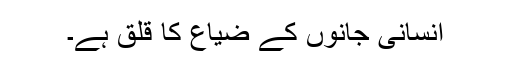
انسانی جانوں کے ضیاع کا قلق ہے۔